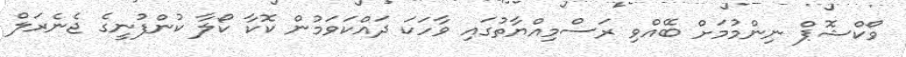
ވޯކްޝޮޕް ނިންމުމަށް ބޭއްވި ރަސްމިއްޔާތުގައި ވާހަކަ ދައްކަވަމުން ކޮކާ ކޯލާ ކުންފުނީގެ ޖެނެރަލް